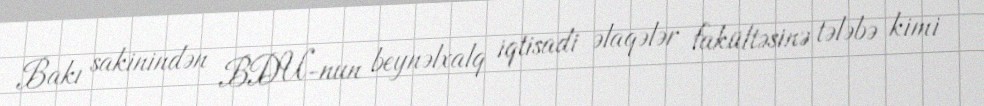
Bakı sakinindən BDU-nun beynəlxalq iqtisadi əlaqələr fakültəsinə tələbə kimi